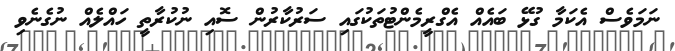
ނަމަވެސް އެކަމާ ގުޅޭ ބައެއް އެގްރީމެންޓުތަކުގައި ސަރުކާރުން ސޮއި ނުކުރާތީ ހައްލެއް ނުގެނެވި